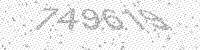
Solution: 749619